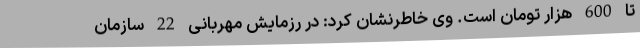
تا 600 هزار تومان است. وی خاطرنشان کرد: در رزمایش مهربانی 22 سازمان